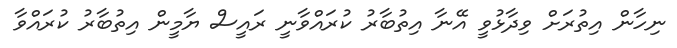
ނިހާން އިތުރަށް ވިދާޅުވީ އޭނާ އިތުބާރު ކުރައްވާނީ ރައީސް ޔާމީން އިތުބާރު ކުރައްވާ